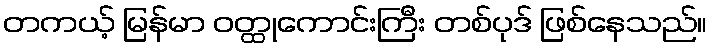
တကယ့် မြန်မာ ဝတ္ထုကောင်းကြီး တစ်ပုဒ် ဖြစ်နေသည်။